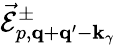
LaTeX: \vec{\mathcal{E}}_{p,{\mathbf q}+{\mathbf q}^{\prime}-{\mathbf k}_{\gamma}}^{\pm}